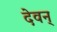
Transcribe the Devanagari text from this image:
देवन्